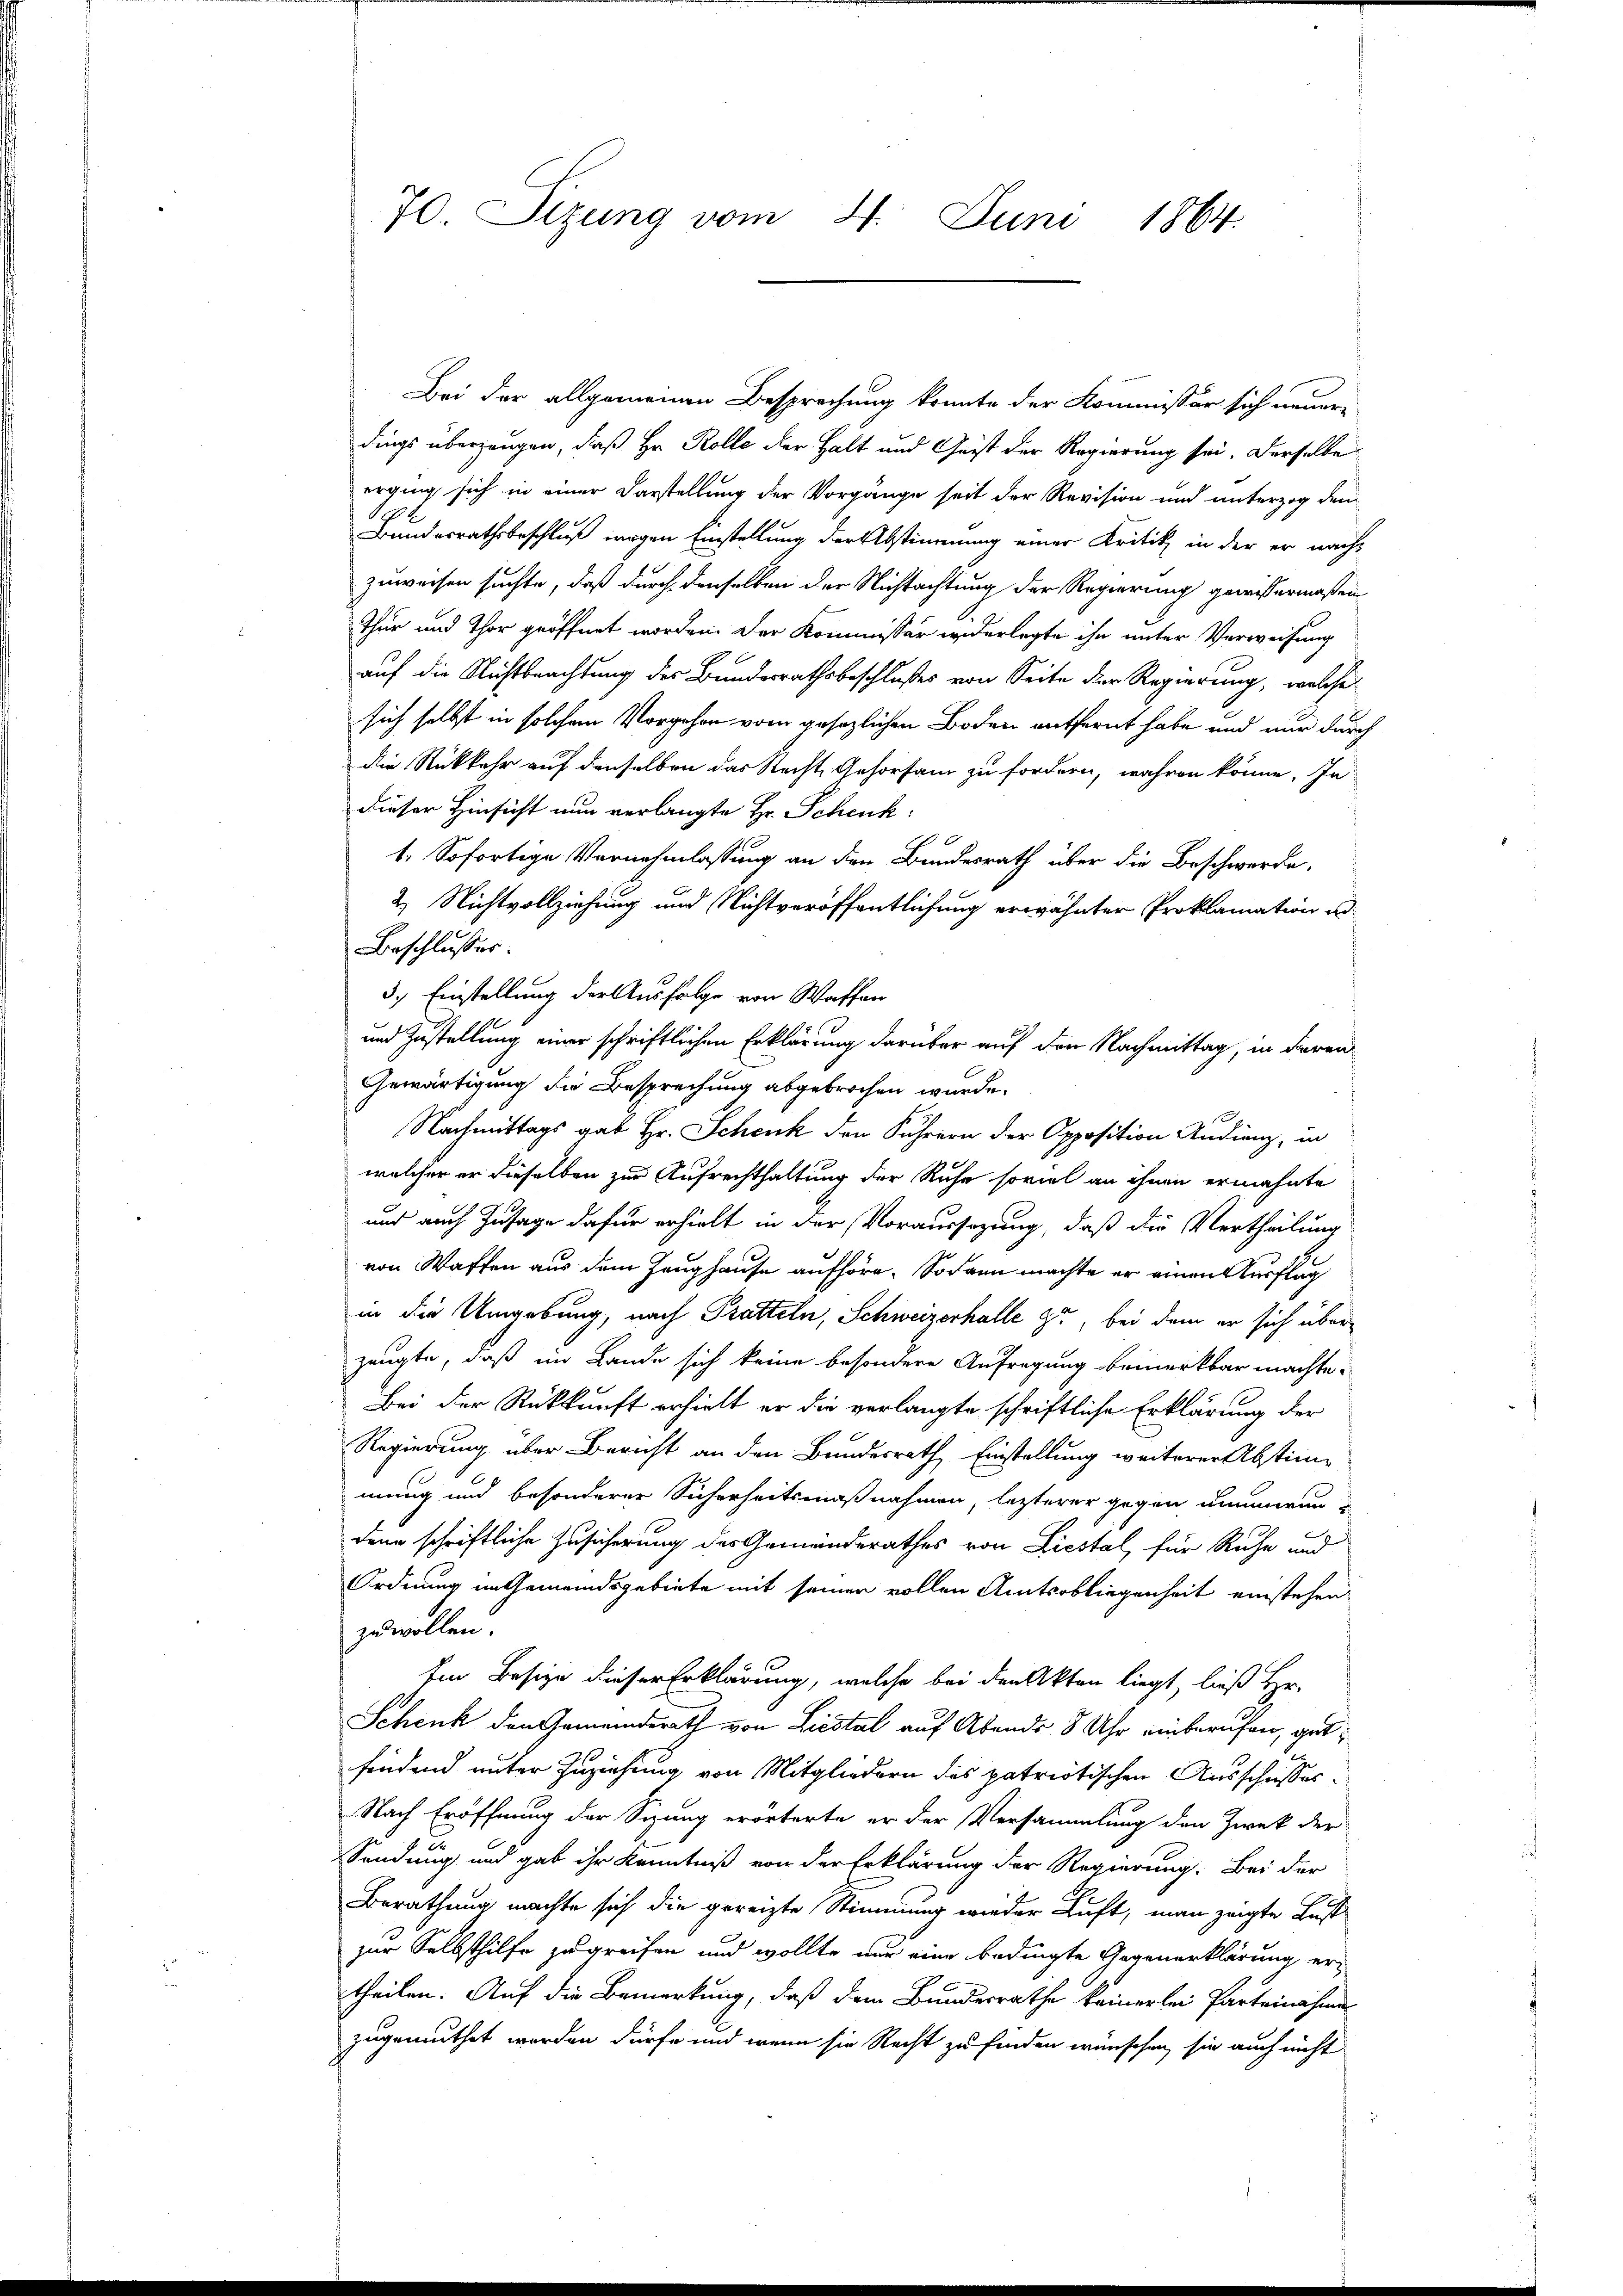
70. Sizung vom 21. Juni 1864.

Bei der allgemeinen Besprechung konnte der Kommissär sich neuer-
dings überzeugen, daß Hr. Rolle der Halt und Geist der Regierung sei. Derselbe
erging sich in einer Darstellung der Vorgänge seit der Revision und unterzog den
Bundesrathsbeschluß wegen Einstellung der Abstimmung einer Kritik in der er nachzuweisen suchte, daß durch denselben der Nichtachtung der Regierung gewissermaßen
Thur und Thor geöffnet worden. Der Kommissär wederlegte ihn unter Verweisung
auf die Nichtbeachtung des Bundesrathsbeschlußes von Seite der Regierung, welche
sich selbst in solchem Vorgehen vom gesezlichen Boden entfernt habe und nur durch
die Rückkehr auf denselben das Recht Gehorsam zu fordern, wahren könne. In
dieser Hinsicht nun verlangte Hr. Schenk
1. Sofortige Vornehmlassung an den Bundesrath über die Beschwerde,
2. Nichtvollziehung und Nichtveröffentlichung erwähnter Proklamation un
Beschlusses.
3.) Einstellung der Ausfolge von Waffen
und Zustellung einer schriftlichen Erklärung darüber auf den Nachmittag, in deren
Gewärtigung die Besprechung abgebrochen wurde.
s
Nachmittags gab Hr. Schenk den Führern der Opposition Andienz, in
welcher er dieselben zur Aufrechthaltung der Ruhe soviel an ihnen ermahnte
und auch Zusage dafür erhielt in der Voraussezung, daß die Vertheilung
von Waffen aus dem Zeughause aufhöre. Sodann machte er einen Auflag
in die Umgebung, nach Pratteln, Schweizerhalle zu, bei dem er sich überzeugte, daß im Lande sich keine besondere Anfragung bemerkbar machte.
Bei der Rückkunft erhielt er die verlangte schriftliche Erklärung der
Regierung über Bericht an den Bundesrath Einstellung weiterer Abstim-
mung und besonderer Sicherheitsmaßnahmen, lezterer gegen Kummern-
dene schriftliche Zusicherung des Gemeinderathes von Liestal, für Ruhe und
Ordnung im Gemeindsgebiete mit seiner vollen Amtsobliegenheit einstehenzu wollen.
Ein Besize dieser Erklärung, welche bei den Akten liegt, ließ Hr.
Schenk den Gemeinderath von Liestal auf Abends 8 Uhr einberufen, gutfindend unter Zuziehung von Mitgliedern des patriotischen Ausschusses¬
Nach Eröffnung der Sizung erörterte er der Versammlung den Zwek der
Sendung und gab ihr Kenntniß von der Erklärung der Regierung. Bei der
Berathung machte sich die gereizte Stimmung wieder Luft, man zeigte Lust
zur Selbsthilfe zu greifen und wollte nur eine bedingte Gegenerklärung er-
theilen. Auf die Bemerkung, daß dem Bundesrathe keinerlei Parteinahmen
zugemuthet werden dürfe und wenn sie Recht zu finden wünschen, sie auch nicht